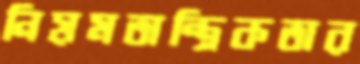
নিয়মতান্ত্রিকতার